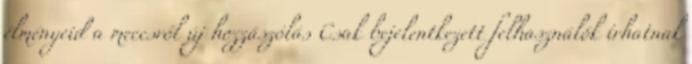
élményeid a meccsről új hozzászólás Csak bejelentkezett felhasználók írhatnak